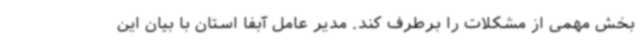
بخش مهمی از مشکلات را برطرف کند. مدیر عامل آبفا استان با بیان این